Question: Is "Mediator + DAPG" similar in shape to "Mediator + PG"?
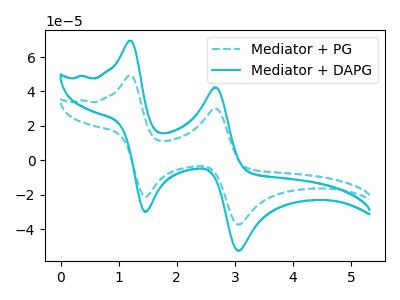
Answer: <think>The cyan dashed curve "Mediator + PG" has anodic peaks at (1.20V, 49.35uA) (2.65V, 30.10uA) and cathodic peaks at (1.45V, -21.30uA) (3.05V, -37.35uA). The cyan curve "Mediator + DAPG" has anodic peaks at (1.20V, 69.50uA) (2.65V, 42.40uA) and cathodic peaks at (1.45V, -30.00uA) (3.05V, -52.60uA).
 All the peaks in "Mediator + DAPG" have a peak in "Mediator + PG" at the same potential. Every peak in "Mediator + DAPG" is higher than every peak in "Mediator + PG".</think>
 <answer>"Mediator + DAPG" and "Mediator + PG" are similar in shape.</answer>
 <eval>same_shape</eval>